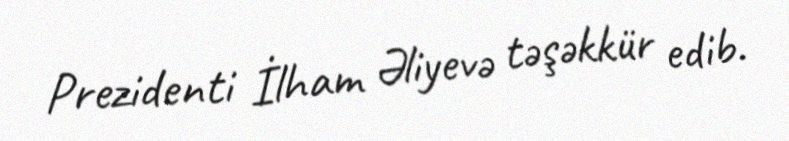
Prezidenti İlham Əliyevə təşəkkür edib.